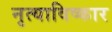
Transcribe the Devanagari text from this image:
नृत्याविष्कार